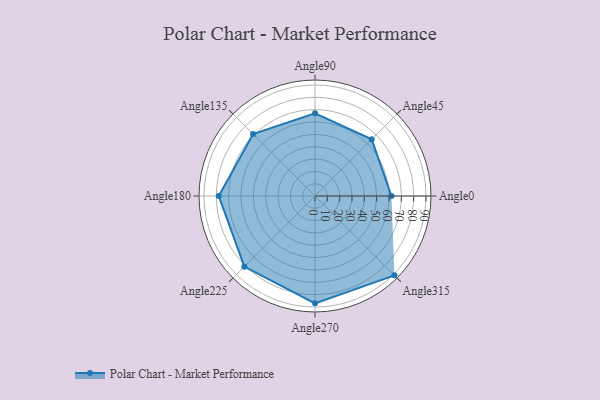
{"axis": {"x": "Angle", "y": "Radius"}, "legend": [""], "data": [{"x": "Angle0", "y": 62.0, "type": ""}, {"x": "Angle45", "y": 65.0, "type": ""}, {"x": "Angle90", "y": 67.0, "type": ""}, {"x": "Angle135", "y": 71.0, "type": ""}, {"x": "Angle180", "y": 78.0, "type": ""}, {"x": "Angle225", "y": 81.0, "type": ""}, {"x": "Angle270", "y": 87.0, "type": ""}, {"x": "Angle315", "y": 91.0, "type": ""}]}